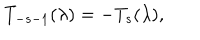
LaTeX: T _ { - s - 1 } ( \lambda ) = - T _ { s } ( \lambda ) ,